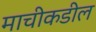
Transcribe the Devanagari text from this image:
माचीकडील